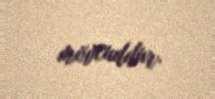
mövcuddur.